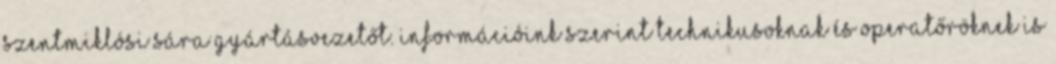
Szentmiklósi Sára gyártásvezetőt. Információink szerint technikusoknak és operatőröknek is